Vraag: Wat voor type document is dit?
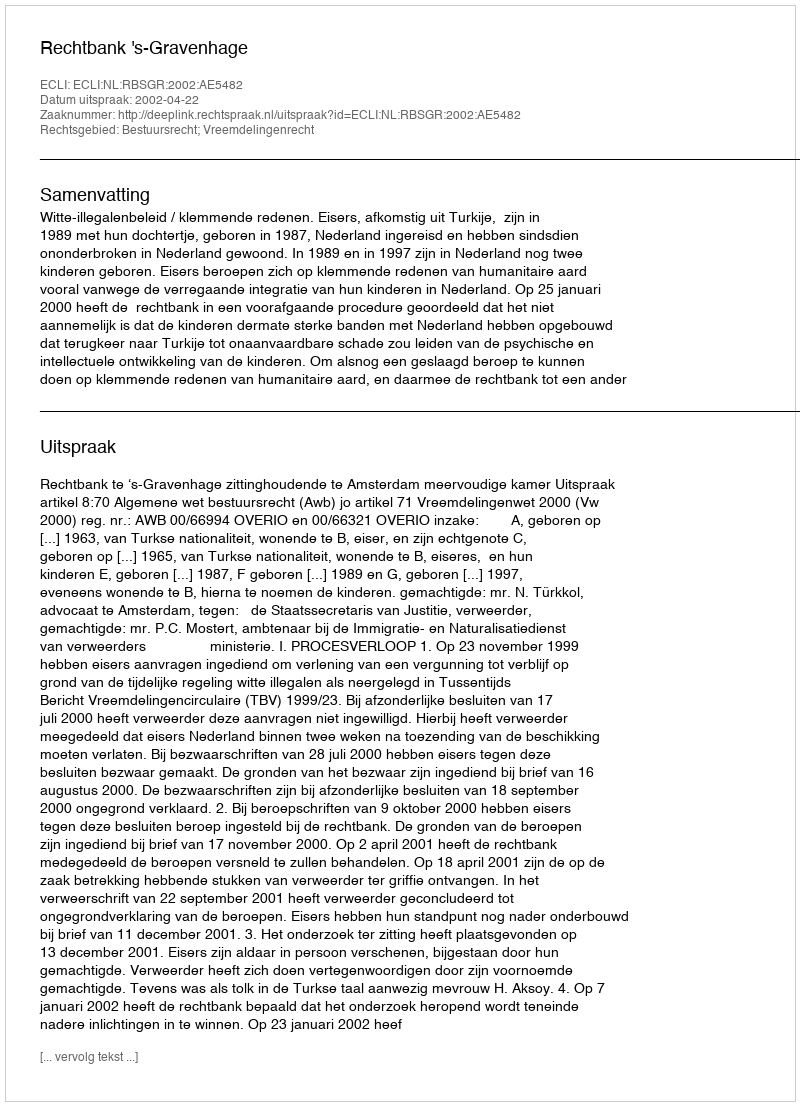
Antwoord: Uitspraak